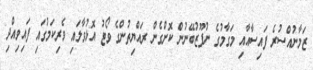
ޒަމާނުއްސުރެ ފައިސާއާއި މަގާމުގެ ނުފޫޒުބޭނުން ކޮށްގެން ރައްޔިތުންގެ ވޯޓު އޮޅުވާލައި ވެރިކަމުގައި ފައިވިއްދި